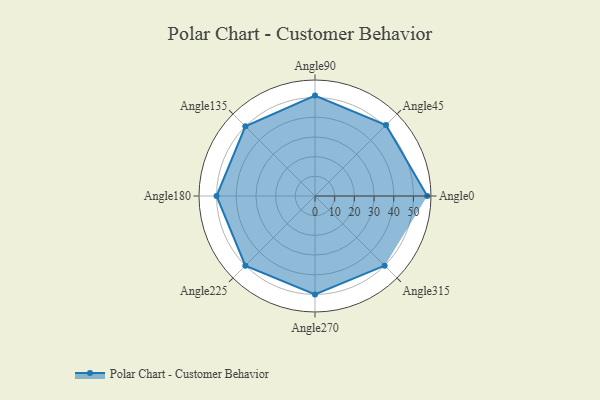
{"axis": {"x": "Angle", "y": "Radius"}, "legend": [""], "data": [{"x": "Angle0", "y": 57.0, "type": ""}, {"x": "Angle45", "y": 51.0, "type": ""}, {"x": "Angle90", "y": 51.0, "type": ""}, {"x": "Angle135", "y": 50, "type": ""}, {"x": "Angle180", "y": 50, "type": ""}, {"x": "Angle225", "y": 50, "type": ""}, {"x": "Angle270", "y": 50, "type": ""}, {"x": "Angle315", "y": 50, "type": ""}]}